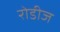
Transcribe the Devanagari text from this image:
रोडीज